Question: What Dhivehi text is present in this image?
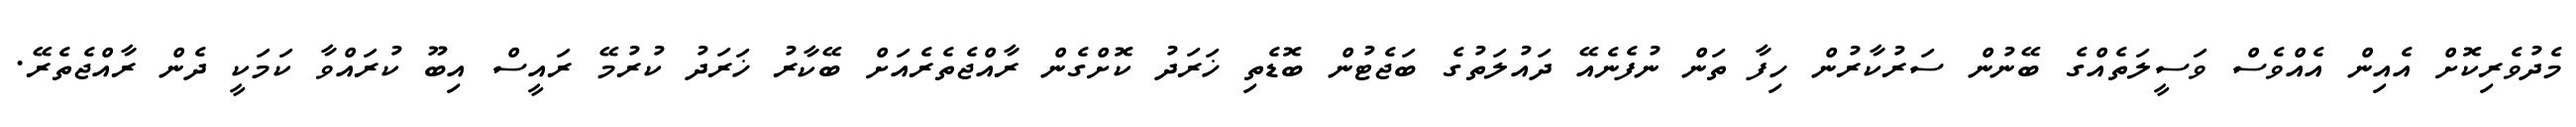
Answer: މެދުވެރިކޮށް އެއިން އެއްވެސް ވަސީލަތެއްގެ ބޭނުން ސަރުކާރުން ހިފާ ތަން ނުފެނެއޭ ދައުލަތުގެ ބަޖެޓުން ބޮޑެތި ޚަރަދު ކޮށްގެން ރާއްޖެތެރެއަށް ބޭކާރު ޚަރަދު ކުރުމޭ ރައީސް އިބޫ ކުރައްވާ ކަމަކީ ދެން ރާއްޖެތެރޭ.